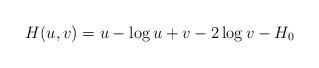
LaTeX: \begin{align*}H(u,v) = u - \log u + v - 2 \log v - H_0\end{align*}